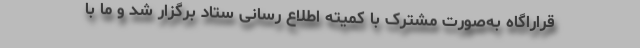
قراراگاه به‌صورت مشترک با کمیته اطلاع رسانی ستاد برگزار شد و ما با